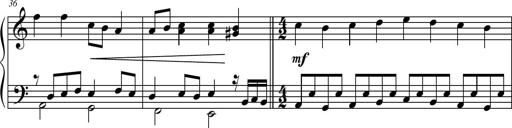
Title: Suite in the Old Style
Composer: Tyler Versluis